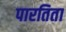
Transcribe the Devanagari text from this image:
पारतिता